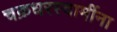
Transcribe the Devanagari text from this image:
चक्रधरस्वामींना